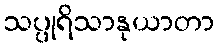
သပ္ပုရိသာနုယာတာ